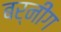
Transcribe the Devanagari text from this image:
बर्नींग